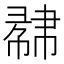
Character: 𢄥